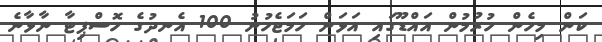
ކަން މިހެން ހުރުމުން އައްޑޫގައި އަޅަން ހަމަޖެހުނު 100 އެނދުގެ ހޮސްޕިޓާ ނާޅާނެ